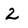
Character: 2